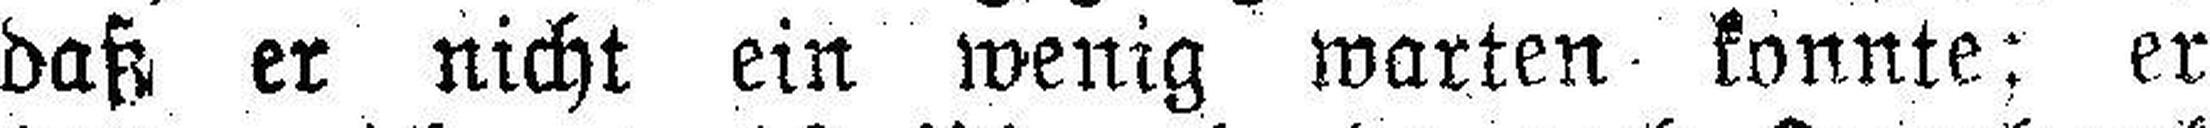
daß er nicht ein wenig warten konnte: er